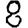
Digit: 8